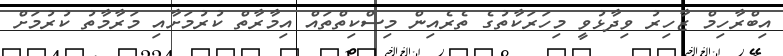
އިބްރާހިމް ޒާހިރު ވިދާޅުވީ މިހަރަކާތުގެ ތެރެއިން މިސްކިތްތައް އިމާރާތް ކުރުމަށާއި މަރާމާތު ކުރުމަށް